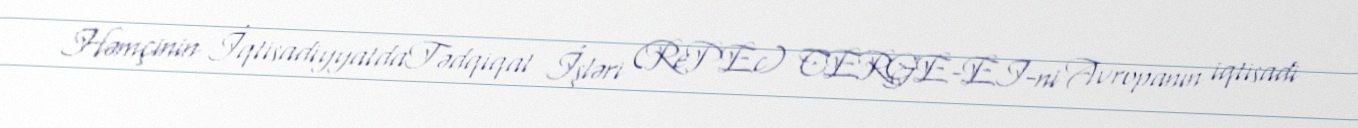
Həmçinin İqtisadiyyatdaTədqiqat İşləri (RePEc) CERGE-EI-ni Avropanın iqtisadi